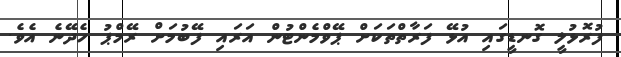
ފުރޮޅުލީ ގޮނޑީގައި އުޅޭ ފަރާތްތަކަށް ޕޭވްމެންޓުން އަރައި ފޭބުމަށް ރޭމްޕު ހެދޭނެ އެވެ.